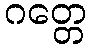
ဂတ္တေ